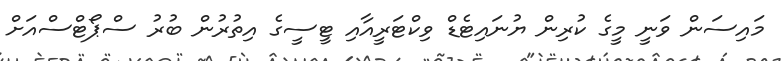
މައިސަން ވަނީ މީގެ ކުރިން ޔުނައިޓެޑް ވިކްޓަރީއާއި ޓީސީގެ އިތުރުން ބުރު ސްޕޯޓްސްއަށް